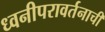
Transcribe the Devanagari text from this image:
ध्वनीपरावर्तनाची